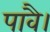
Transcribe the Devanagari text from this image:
पावै।